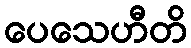
ပေသေဟီတိ